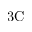
\mathrm { 3 C }